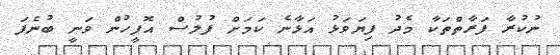
ނުކުރާ ފަރާތްތަކާ މެދު ފިޔަވަޅު އަޅާނެ ކަމަށް ފުލުސް އޮފީހުން ވަނީ ބުނެފަ